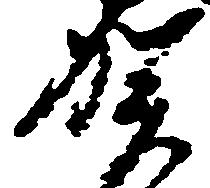
賀